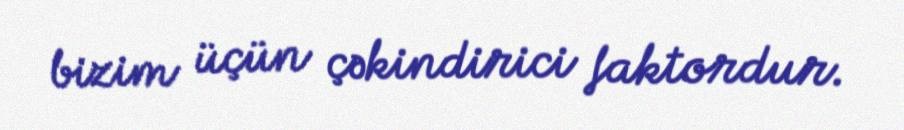
bizim üçün çəkindirici faktordur.